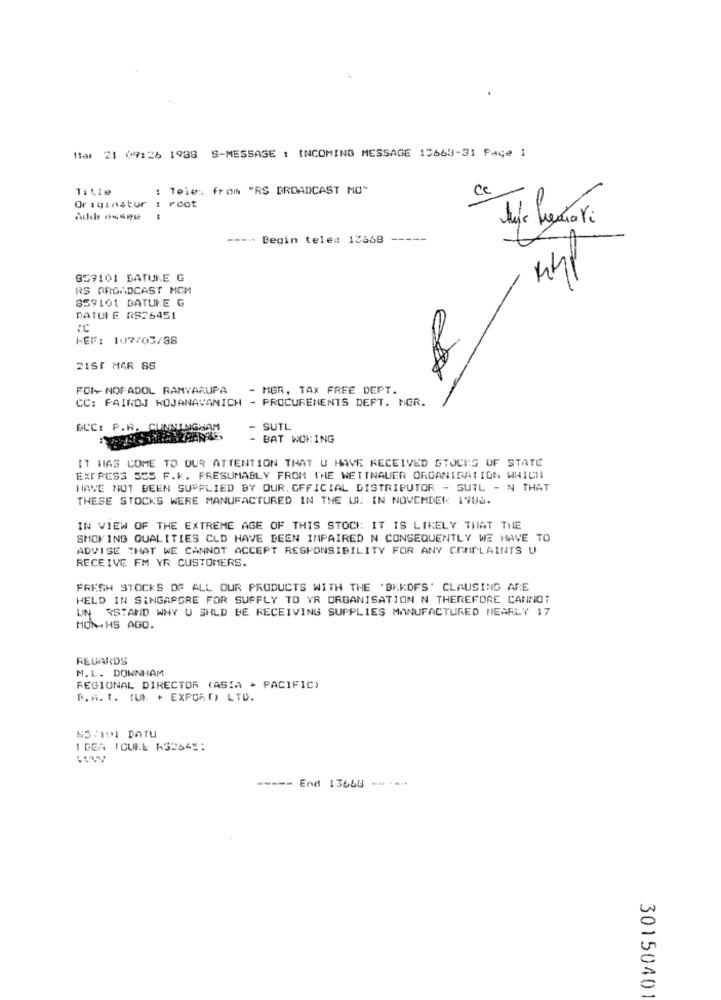
Mar 21 09:26 1938 S-MESSAGE : INCOMING MESSAGE 13663-31 Page 1
115le
: Teie: from "RS BROADCAST MO"
Originator
ce
root
--- Begin tele :: 1366B
859101 BATUKE G
RS BROADCAST MCM
859101 BATUKE G
DATULE RS26451
HEF: 107/03/88
21ST MAR SS
FOI-NOPADOL RAMYARUPA
- MER, TAX FREE DEPT.
CC: FAIROJ ROJANAVANICH - PROCUREMENTS DEFT. MGR.
ECC: P.R. CU
SUTL
BAT WOKING
IT HAS COME TO OUR ATTENTION THAT U HAVE RECEIVED STOCKS OF STATE
EXPRESS SCS F.K. PRESUMABLY FROM THE WEITNAUER ORGANISATION WHICH
HAVE NOT BEEN SUPPLIED BY OUR. OFFICIAL DISTRIBUTOR - SUTL - N THAT
THESE STOCKS WERE MANUFACTURED IN THE UK: IN NOVEMBER 1983.
IN VIEW OF THE EXTREME AGE OF THIS STOCK IT IS LIKELY THAT THE
SMOKING QUALITIES CLD HAVE BEEN INPAIRED N CONSEQUENTLY WE HAVE TO
ADVISE THAT WE CANNOT ACCEPT RESPONSIBILITY FOR ANY COMPLAINTS U
RECEIVE FM YR CUSTOMERS.
FRESH STOCKS OF ALL OUR PRODUCTS WITH THE 'BKKOFS' CLAUSING ARE
HELD IN SINGAPORE FOR SUPPLY TO YR ORGANISATION N THEREFORE CANNOT
UN RSTAND WHY U SHLD BE RECEIVING SUPPLIES MANUFACTURED NEARLY 17
MON-HS AGO.
REGARDS
M.L. DOWNHAM
REGIONAL DIRECTOR (ASIA - PACIFIC)
R. A. t. (UM. + EXPCAT) LTD.
85:101 DATU
I DEA TOUKE A32649:
----- End 13668 -- --..
30150401